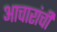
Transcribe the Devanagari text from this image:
आचारांची